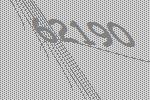
62190